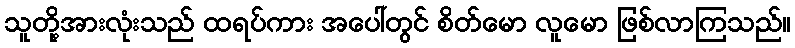
သူတို့အားလုံးသည် ထရပ်ကား အပေါ်တွင် စိတ်မော လူမော ဖြစ်လာကြသည်။